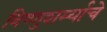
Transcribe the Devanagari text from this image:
विष्णुशर्म्याचे